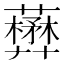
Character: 𧃺